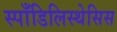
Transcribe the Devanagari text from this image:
स्पाँडिलिस्थेसिस